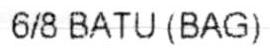
6/8BATU (BAG)